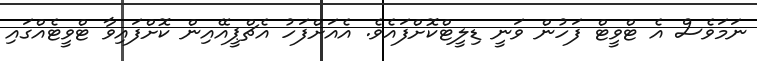
ނަމަވެސް އެ ޓްވީޓް ފަހުން ވަނީ ޑިލީޓްކޮށްފައެވެ. އެއަށްފަހު އެޗްޕީއޭއިން ކޮށްފައިވާ ޓްވީޓެއްގައި